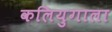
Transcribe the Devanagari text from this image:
कलियुगाला